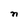
Character: n